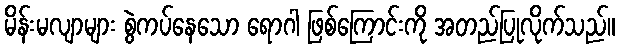
မိန်းမလျာများ စွဲကပ်နေသော ရောဂါ ဖြစ်ကြောင်းကို အတည်ပြုလိုက်သည်။